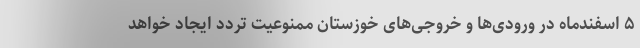
۵ اسفندماه در ورودی‌ها و خروجی‌های خوزستان ممنوعیت تردد ایجاد خواهد